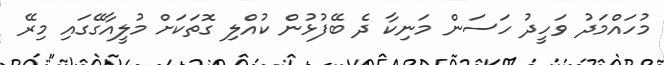
މުހައްމަދު ވަހީދު ހަސަން މަނިކާ ދެ ބޭފުޅުން ކުއްލި ގޮތަކަށް މުލީއާގޭގައި މިރޭ